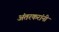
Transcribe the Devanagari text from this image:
अंतरकरांनी